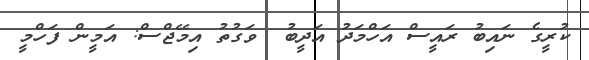
ކުރީގެ ނައިބު ރައީސް އަހްމަދު އަދީބު  ވަގުތު އިމޭޖްސް: އަމީން ފަހްމީ